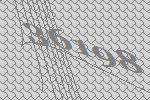
36198